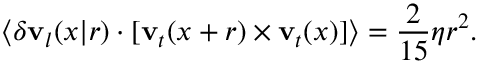
\langle \delta \mathbf { v } _ { l } ( x | r ) \cdot [ \mathbf { v } _ { t } ( x + r ) \times \mathbf { v } _ { t } ( x ) ] \rangle = \frac { 2 } { 1 5 } \eta r ^ { 2 } .